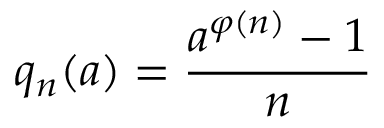
q _ { n } ( a ) = { \frac { a ^ { \varphi ( n ) } - 1 } { n } }